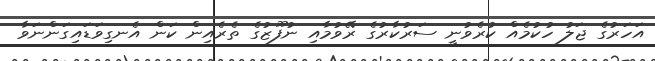
އަހަރުގެ ޖަލު ހުކުމެއް ކުރެވުނީ ސަރުކާރުގެ ރޭވުމާއި ނުފޫޒުގެ ތެރެއިން ކަން އެނގިވަޑައިގަންނަވާ